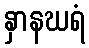
နှာနဃရံ